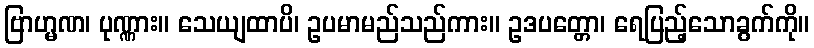
ဗြာဟ္မဏ၊ ပုဏ္ဏား။ သေယျထာပိ၊ ဥပမာမည်သည်ကား။ ဥဒပတ္တော၊ ရေပြည့်သောခွက်ကို။